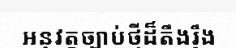
អនុវត្តច្បាប់ថ្មីដ៏តឹងរ៉ឹង